Papers set at the Examination for Leaving Certificates, 1893
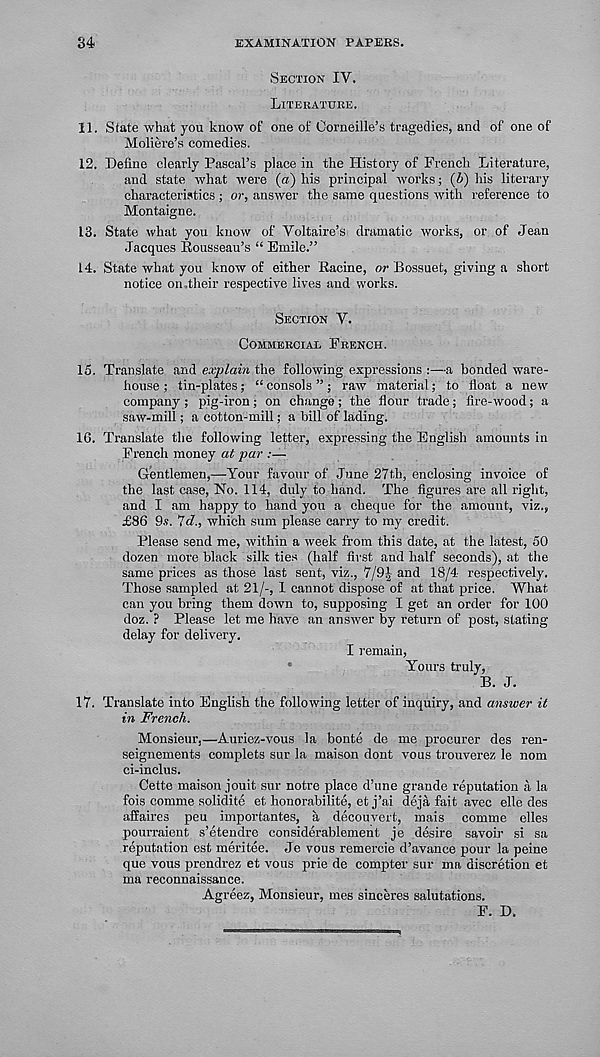
34
EXAMINATION PAPERS.
Section IV.
Literature.
11. State what you know of one of Corneille’s tragedies, and of one of
Moliere’s comedies.
12. Define clearly Pascal’s place in the History of French Literature,
and state what were (a) his principal works; (b) his literary
characteristics ; or, answer the same questions with reference to
Montaigne.
13. State what you know of Voltaire’s dramatic works, or of Jean
Jacques Eousseau’s “ Emile.”
14. State what you know of either Racine, or Bossuet, giving a short
notice on.their respective lives and works.
Section V.
Commercial French.
15. Translate and explain the following expressions :—a bonded ware-
house ; tin-plates; “ consols ”; raw material; to float a new
company ; pig-iron ; on change ; the flour trade; lire-wood; a
saw-mill; a cotton-mill; a bill of lading.
16. Translate the following letter, expressing the English amounts in
French money at par :—
Gentlemen,—Your favour of June 27th, enclosing invoice of
the last case, No. 114, duly to hand. The figures are all right,
and I am happy to hand you a cheque for the amount, viz.,
£86 9.s. Id., which sum please carry to my credit.
Please send me, within a week from this date, at the latest, 50
dozen more black silk ties (half first and half seconds), at the
same prices as those last sent, viz., 7/9| and 18/4 respectively.
Those sampled at 21/-, 1 cannot dispose of at that price. What
can you bring them down to, supposing I get an order for 100
doz. ? Please let me have an answer by return of post, stating
delay for delivery.
I remain,
Yours truly,
B. J.
17. Translate into English the following letter of inquiry, and answer it
in French.
Monsieur,—Auriez-vous la bonte de me procurer des ren-
seignements complets sur la maison dont vous trouverez le nom
ci-inclus.
Cette maison jouit sur notre place d’une grande reputation a la
fois comme solidite et honorabilite, et j’ai deja fait avec elle des
affaires peu importantes, a decouvert, mais comme elles
pourraient s’etendre considerablement je desire savoir si sa
reputation est meritee. Je vous remercie d’avance pour la peine
que vous prendrez et vous prie de compter sur ma discretion et
ma reconnaissance.
Agreez, Monsieur, mes sinceres salutations.
F. D.